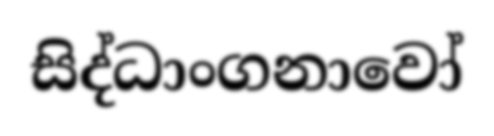
සිද්ධාංගනාවෝ